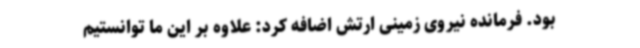
بود. فرمانده نیروی زمینی ارتش اضافه کرد: علاوه بر این ما توانستیم